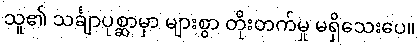
သူ၏ သင်္ချာပုစ္ဆာမှာ များစွာ တိုးတက်မှု မရှိသေးပေ။